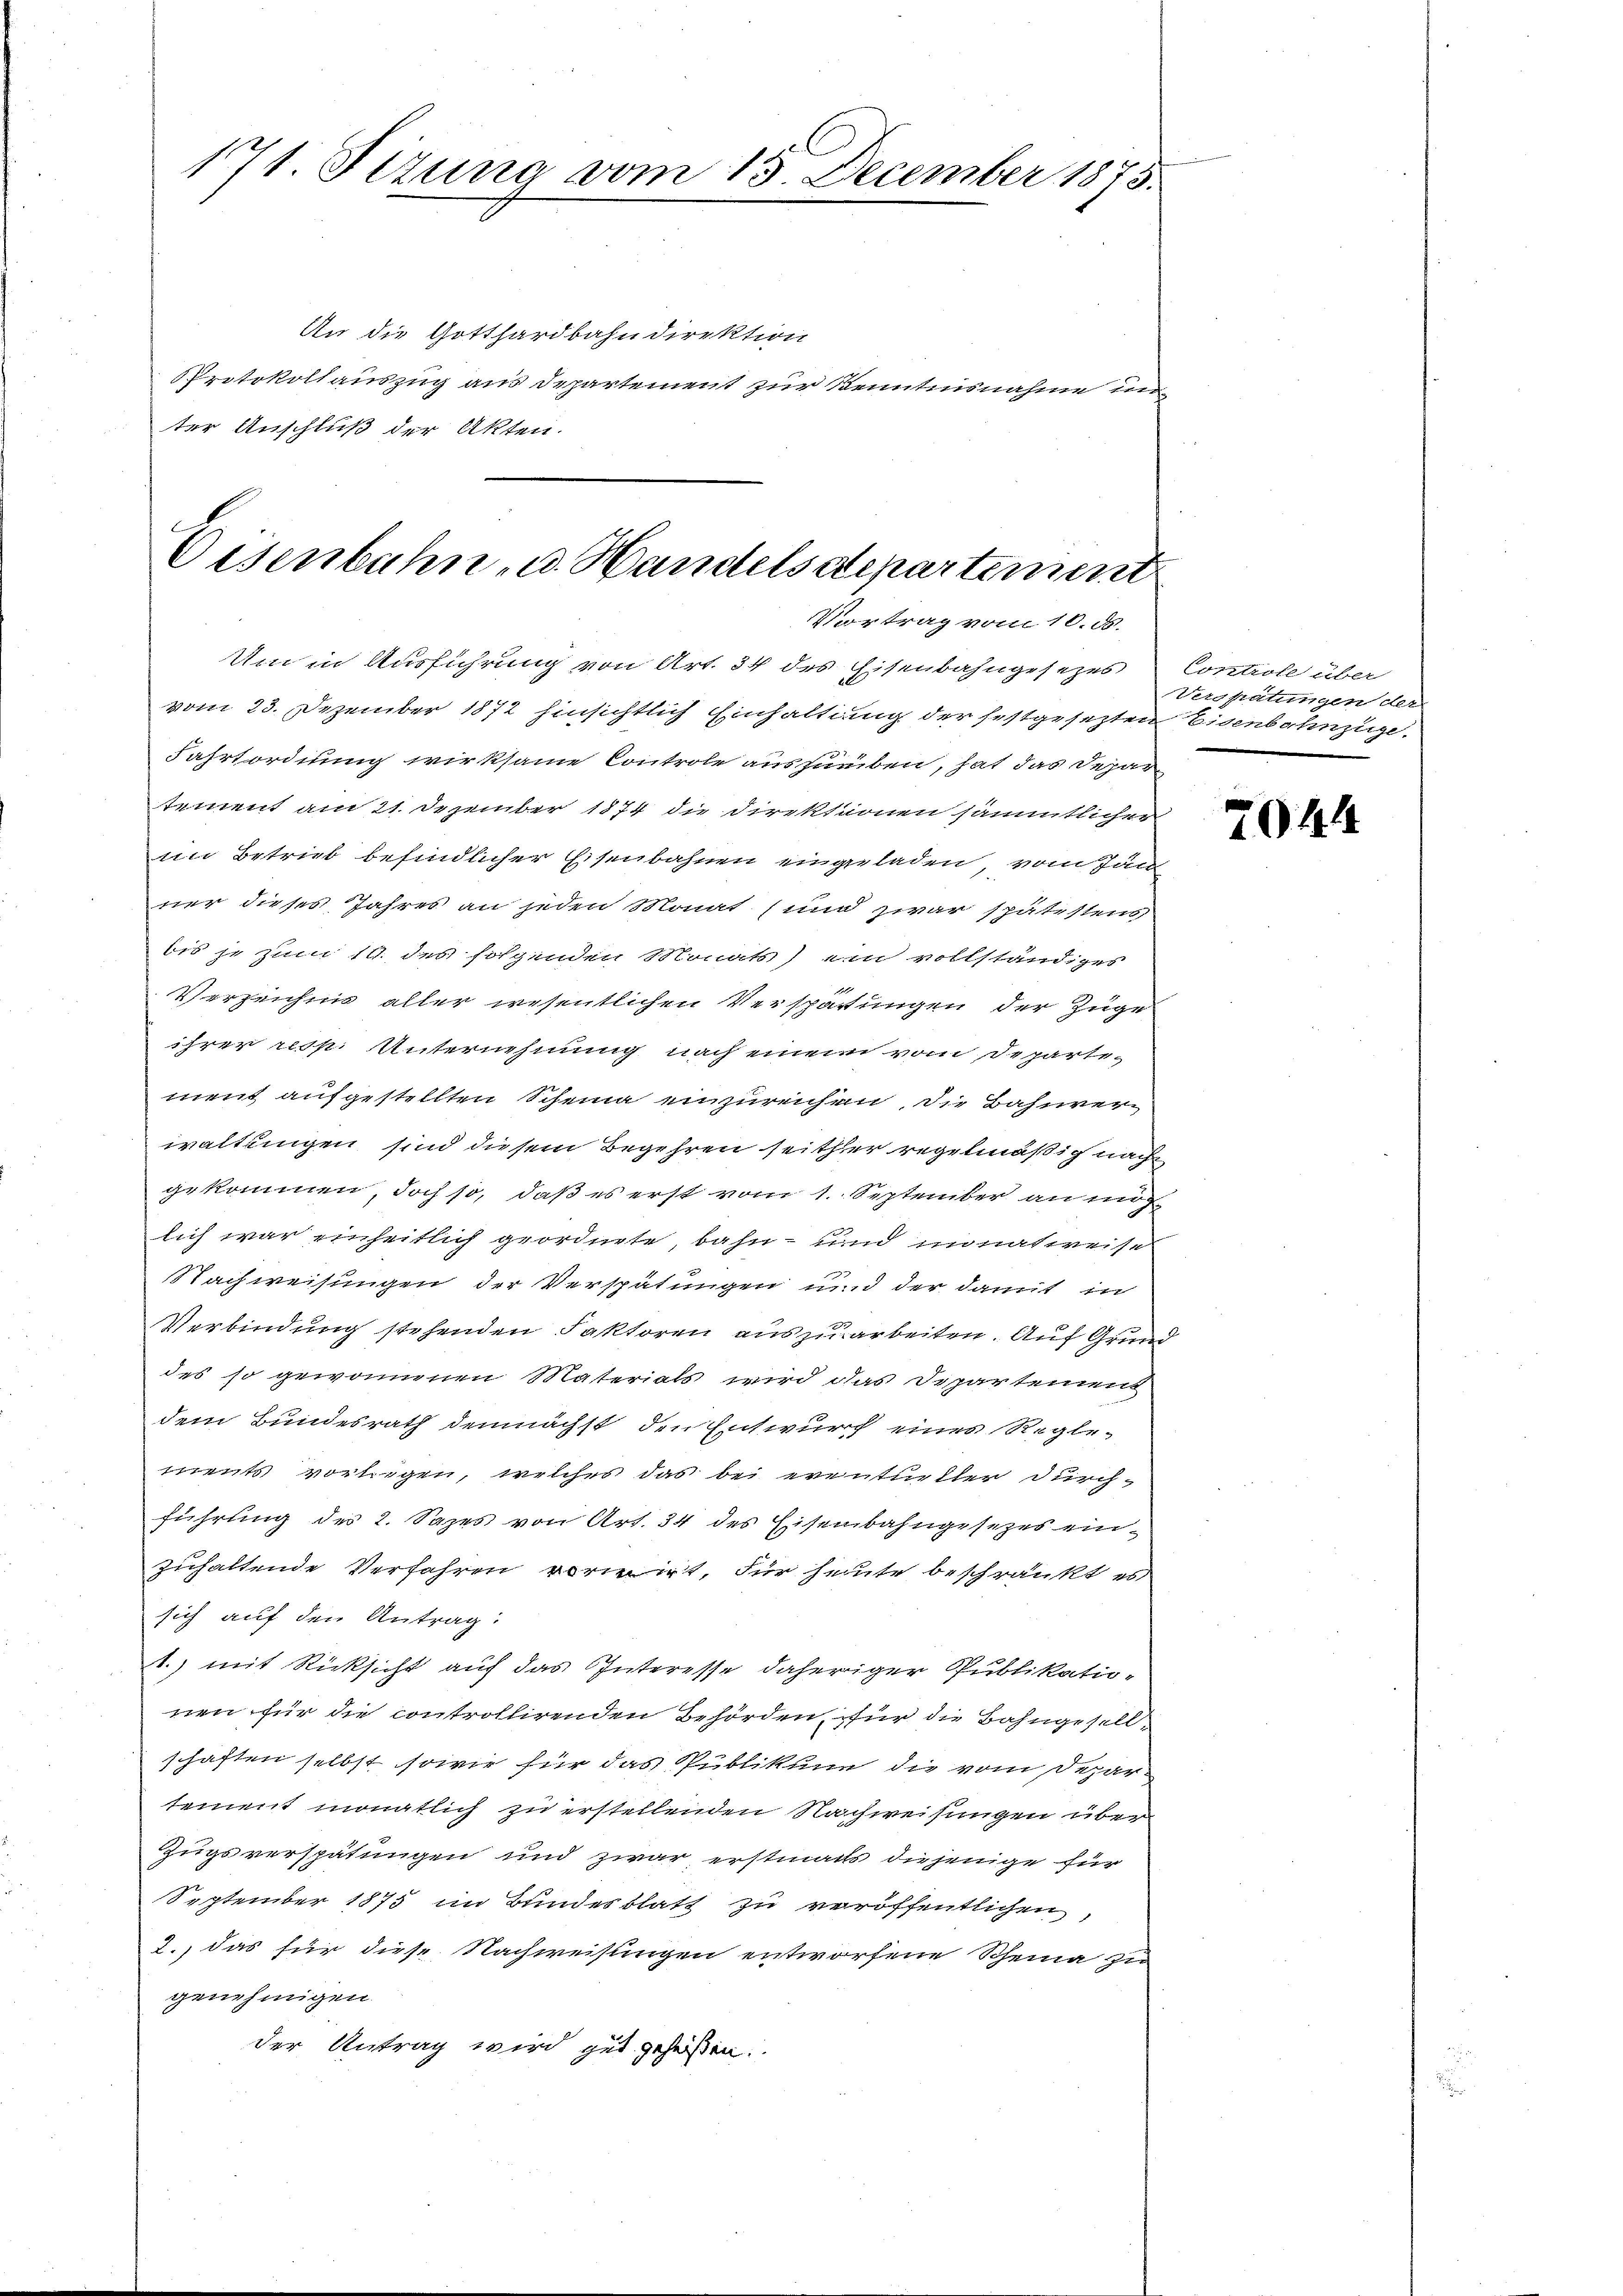
171. Sizung vom 13. December 1875.

An die Gotthardbahndirektion
Protokollauszug aus Departement zur Kenntnisnahme un
ter Anschluß der Akten.

Eisenbahn u. Handels departement
Vortrag vom 10. ds.

vom 23. Dezember 1872 hinsichtlich Einhaltung der festgesezten Eisenbahnzüge.
Fahrtordnung wirksame Controle aussurben, hat das Depar
tement am 21. Dezember 1874 die Direktionen sämmtlicher
im Betrieb befindlicher Eisenbahnen eingeladen, vom Jän
ner dieses Jahres an jeden Monat (und zwar spätestens
bis je zum 19. des folgenden Monats) ein vollständiges
Verzeichnis aller wesentlichen Verspättungen der Züge
ihrer resp. Unternehmung nach einem vom Departement aufgestellten Scheina einzureichen, die Bahnverwaltungen sind diesem Begehren seither regelmäßig nach
gekommen, doch so, daß es erst vom 1. September an mir
lich war einheitlich geordnete, bahn- und monat weise
Nachweisungen der Verspätungen und der damit in
Verbindung stehenden Faktoren auszuarbeiten. Auf Grund
des so gewonnenen Materials wird das Departement
dem Bundesrath demnächst den Entwurf eines Reglements vorliegen, welches das bei eventueller durchführung des 2. Sazes von Art. 34 des Eisenbahngesetzes einzuhaltende Verfahren vorwirt, Für heute beschränkt es
sich auf den Antrag.
1.) mit Rücksicht auf das Interesse daheriger Publikationen für die controllirenden Behörden, für die Bahngesellschaften selbst sowie für das Publikum die vom Departement monatlich zu erstellenden Nachweisungen über
Zugsverspätungen und zwar erstmals diejenige für
September 1875 im Bundesblatt zu veröffentlichen,
2.) das für diese Nachweisungen entworfene Scheina zu
genehmigen.
der Antrag wird gut gehößen.

Um in Ausführung von Art. 34 des Eisenbahngesezes Controle über

Verspätungen der

2044